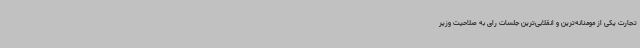
تجارت یکی از مومنانه‌ترین و انقلابی‌ترین جلسات رای به صلاحیت وزیر